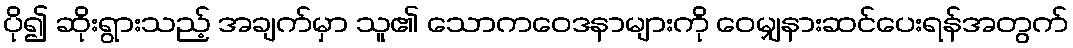
ပို၍ ဆိုးရွားသည့် အချက်မှာ သူ၏ သောကဝေဒနာများကို ဝေမျှနားဆင်ပေးရန်အတွက်